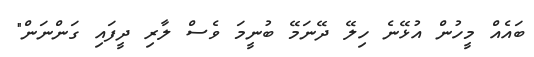
ބައެއް މީހުން އުޅޭނެ ހިލޭ ދޭނަމޭ ބުނީމަ ވެސް ލާރި ދީފައި ގަންނަން"